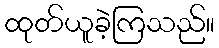
ထုတ်ယူခဲ့ကြသည်။